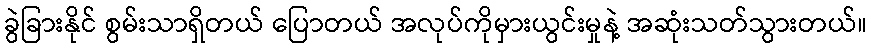
ခွဲခြားနိုင် စွမ်းသာရှိတယ် ပြောတယ် အလုပ်ကိုမှားယွင်းမှုနဲ့ အဆုံးသတ်သွားတယ်။